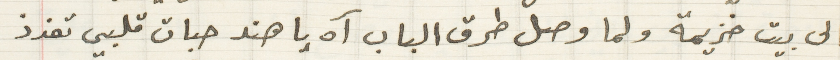
الى بيت خزيمة ولما وصل طرق الباب آه يا هند حبات قلبي تفرذ